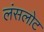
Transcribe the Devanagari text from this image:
लंसलोट